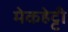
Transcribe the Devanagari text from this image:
मेकहेट्टी